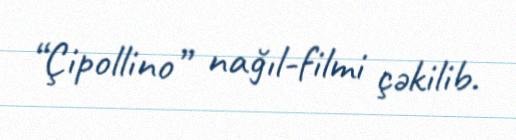
“Çipollino” nağıl-filmi çəkilib.